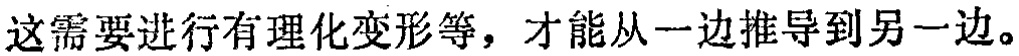
这需要进行有理化变形等，才能从一边推导到另一边。